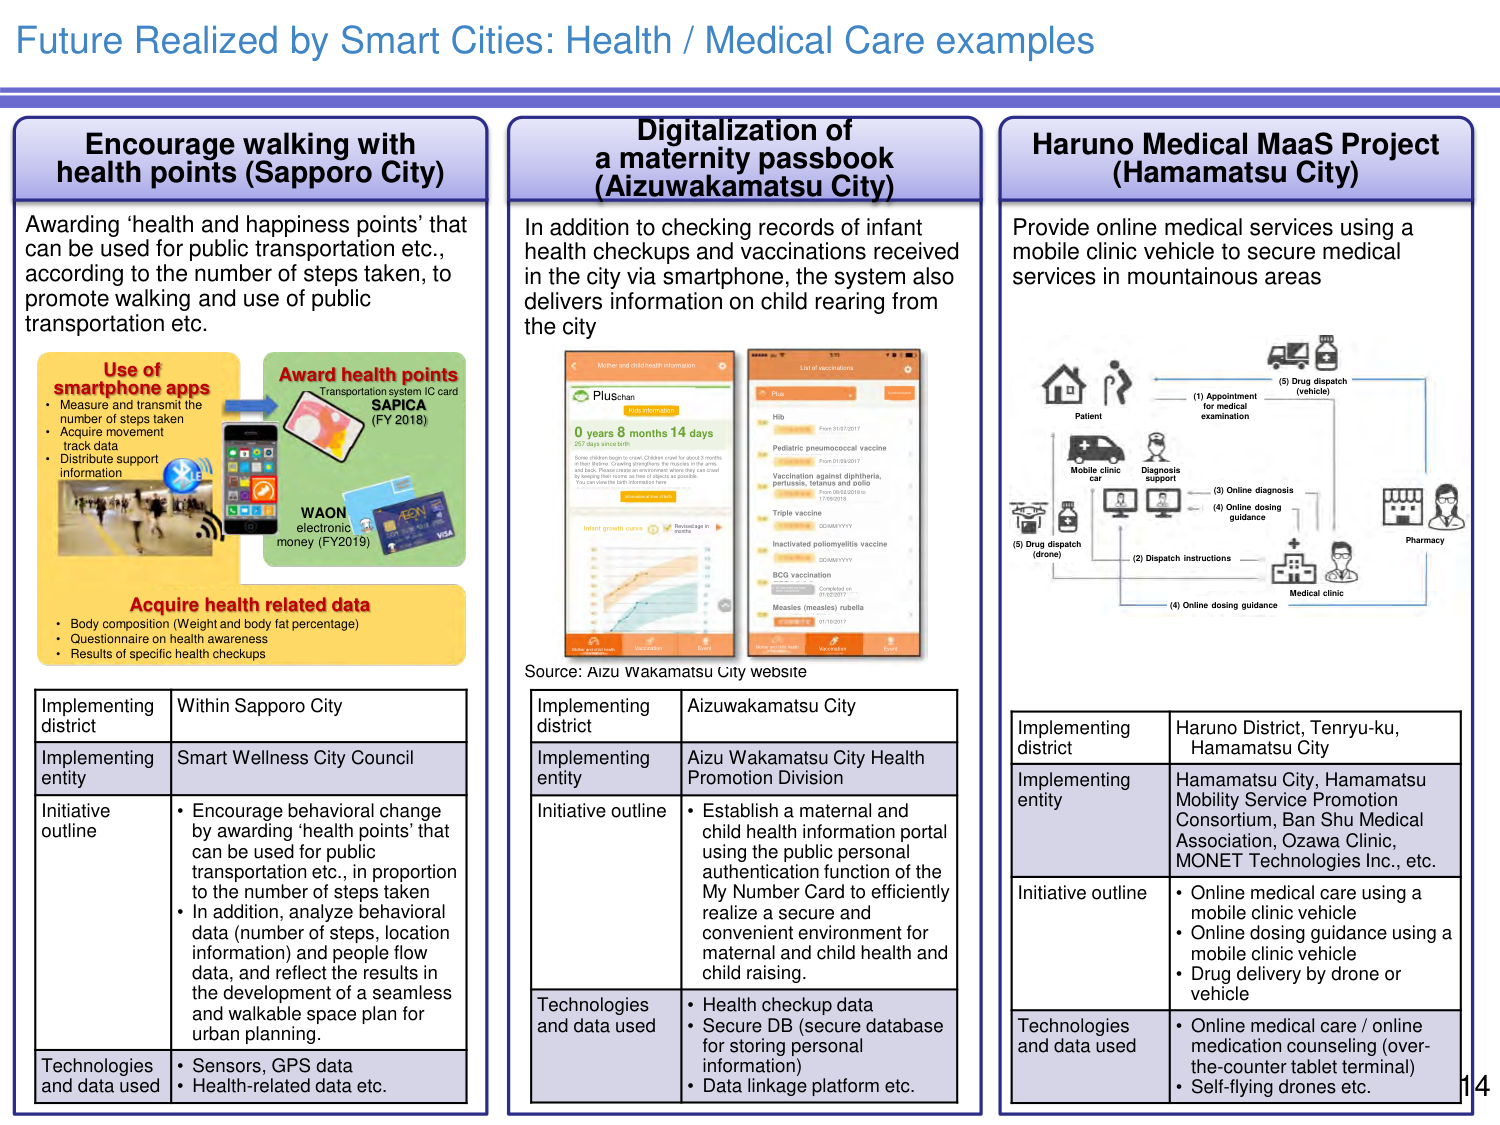
Future Realized by Smart Cities: Health / Medical Care examples

Encourage walking with health points (Sapporo City)
Awarding ‘health and happiness points’ that can be used for public transportation etc., according to the number of steps taken, to promote walking and use of public transportation etc.

Use of smartphone apps
• Measure and transmit the number of steps taken
• Acquire movement track data
• Distribute support information

Award health points
Transportation system IC card
SAPICA (FY 2018)

WAON electronic money (FY2019)

Acquire health related data
• Body composition (Weight and body fat percentage)
• Questionnaire on health awareness
• Results of specific health checkups

Implementing district: Within Sapporo City
Implementing entity: Smart Wellness City Council
Initiative outline:
• Encourage behavioral change by awarding ‘health points’ that can be used for public transportation etc., in proportion to the number of steps taken
• In addition, analyze behavioral data (number of steps, location information) and people flow data, and reflect the results in the development of a seamless and walkable space plan for urban planning.
Technologies and data used: • Sensors, GPS data • Health-related data etc.

Digitalization of a maternity passbook (Aizuwakamatsu City)
In addition to checking records of infant health checkups and vaccinations received in the city via smartphone, the system also delivers information on child rearing from the city

Source: Aizu Wakamatsu City website

Implementing district: Aizuwakamatsu City
Implementing entity: Aizu Wakamatsu City Health Promotion Division
Initiative outline:
• Establish a maternal and child health information portal using the public personal authentication function of the My Number Card to efficiently realize a secure and convenient environment for maternal and child health and child raising.
Technologies and data used:
• Health checkup data
• Secure DB (secure database for storing personal information)
• Data linkage platform etc.

Haruno Medical MaaS Project (Hamamatsu City)
Provide online medical services using a mobile clinic vehicle to secure medical services in mountainous areas

(1) Appointment for medical examination
(2) Dispatch instructions
(3) Online diagnosis
(4) Online dosing guidance
(5) Drug dispatch (vehicle)
(5) Drug dispatch (drone)

Patient
Mobile clinic car
Diagnosis support
Medical clinic
Pharmacy

Implementing district: Haruno District, Tenryu-ku, Hamamatsu City
Implementing entity: Hamamatsu City, Hamamatsu Mobility Service Promotion Consortium, Ban Shu Medical Association, Ozawa Clinic, MONET Technologies Inc., etc.
Initiative outline:
• Online medical care using a mobile clinic vehicle
• Online dosing guidance using a mobile clinic vehicle
• Drug delivery by drone or vehicle
Technologies and data used:
• Online medical care / online medication counseling (over-the-counter tablet terminal)
• Self-flying drones etc.

14